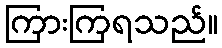
ကြားကြရသည်။